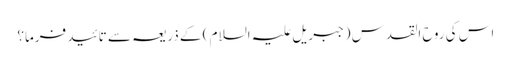
اس کی روح القدس (جبریل علیہ السلام ) کے ذریعہ سے تائید فرما؟